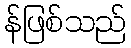
န်ဖြစ်သည်